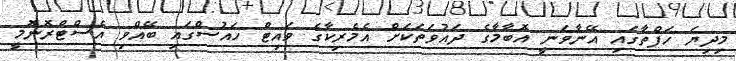
މިދިޔަ ހަފްތާގައި އޭނާވަނީ އޮބާމާގެ ދައުވަތަކަށް އެމެރިކާގެ ވައިޓް ހައުސްގައި ބޭއްވި އެސްޓްރޮނޮމީ